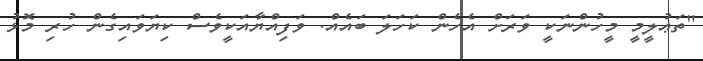
"ތަޢުލީމީ މީހުންނަކީ ވަރަށް އެހެން ކަހަލަ ބައެއް. ވަފިއްޔާއަކީވެސް ކިޔަވައިގެން ހުރި މޮޅު